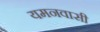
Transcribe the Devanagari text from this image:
यमनवासी